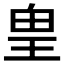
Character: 𰡸